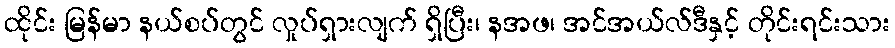
ထိုင်း မြန်မာ နယ်စပ်တွင် လှုပ်ရှားလျက် ရှိပြီး၊ နအဖ၊ အင်အယ်လ်ဒီနှင့် တိုင်းရင်းသား